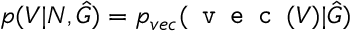
p ( V | N , \hat { G } ) = p _ { v e c } ( \texttt { v e c } ( V ) | \hat { G } )